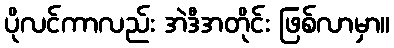
ပိုလင်ကာလည်း အဲဒီအတိုင်း ဖြစ်လာမှာ။